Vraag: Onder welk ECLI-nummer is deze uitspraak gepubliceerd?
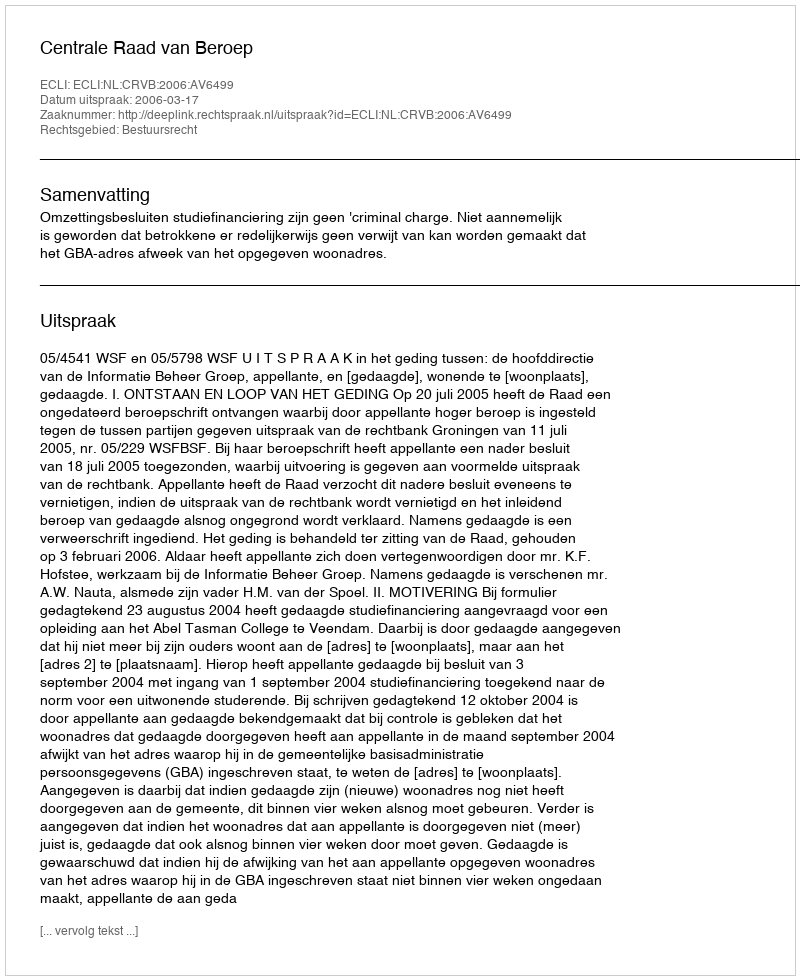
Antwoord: ECLI:NL:CRVB:2006:AV6499